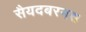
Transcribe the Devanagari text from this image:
सैयदबरनस